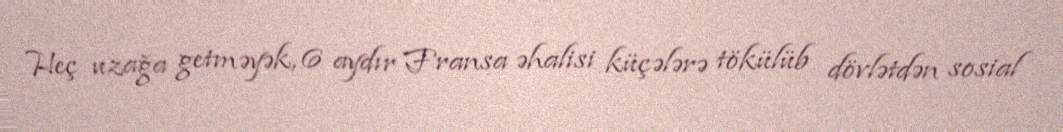
Heç uzağa getməyək, 6 aydır Fransa əhalisi küçələrə tökülüb dövlətdən sosial